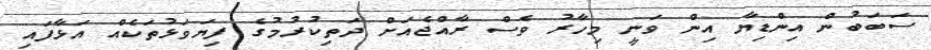
ސަބަބުން އިންޑިޔާ އިން ވަނީ މިހާރު ވެސް ރާއްޖެއަށް ދަތިކުރުމުގެ ފިޔަވަޅުތަކެއް އަޅާފައި